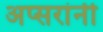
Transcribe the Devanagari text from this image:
अप्सरांनी